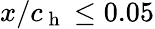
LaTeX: x/c_{\mathrm{~h~}}\leq 0.05